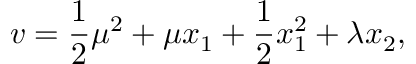
v = \frac { 1 } { 2 } \mu ^ { 2 } + \mu x _ { 1 } + \frac { 1 } { 2 } x _ { 1 } ^ { 2 } + \lambda x _ { 2 } ,